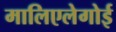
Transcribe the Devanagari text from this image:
मालिएलेगोई